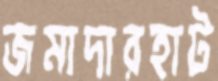
জমাদারহাট